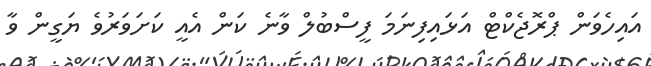
އައިހެވަން ޕްރޮޖެކްޓް އަޅައިފިނަމަ ފީސްބުލް ވާނެ ކަން އެއީ ކަށަވަރުވެ ޔަގީން ވާ